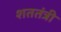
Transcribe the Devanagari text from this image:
शततंत्री